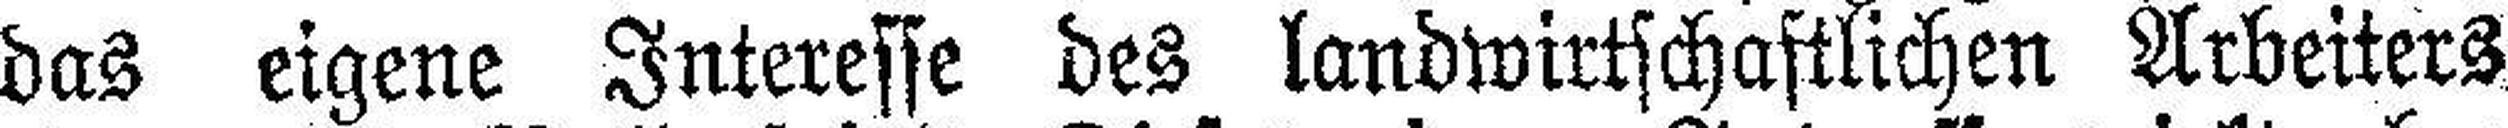
das eigene Interesse des landwirtschaftlichen Arbeiters